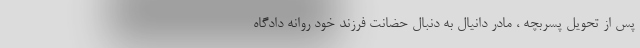
پس از تحویل پسربچه ، مادر دانیال به دنبال حضانت فرزند خود روانه دادگاه